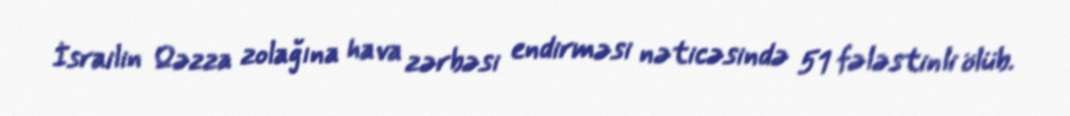
İsrailin Qəzza zolağına hava zərbəsi endirməsi nəticəsində 51 fələstinli ölüb.